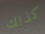
كذلك